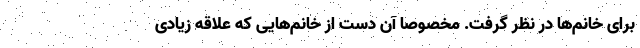
برای خانم‌ها در نظر گرفت. مخصوصا آن دست از خانم‌هایی که علاقه زیادی